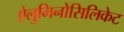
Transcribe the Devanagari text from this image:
ऐलुमिनोसिलिकेट